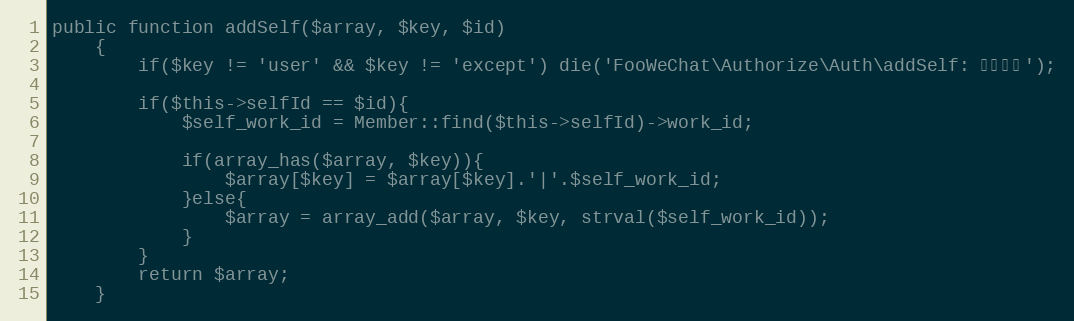
Language: PHP
public function addSelf($array, $key, $id)
	{
		if($key != 'user' && $key != 'except') die('FooWeChat\Authorize\Auth\addSelf: 错误键名');

		if($this->selfId == $id){
			$self_work_id = Member::find($this->selfId)->work_id;

			if(array_has($array, $key)){
				$array[$key] = $array[$key].'|'.$self_work_id;
			}else{
				$array = array_add($array, $key, strval($self_work_id));
			}
		}
		return $array;
	}